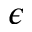
\epsilon